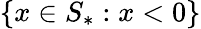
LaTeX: \{ x\in S_{*}:x<0\}